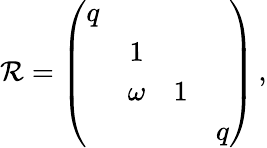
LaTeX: \mathcal{R}=\left(\begin{array}{cccc}{{q}}&{{}}&{{}}&{{}}\\ {{}}&{{1}}&{{}}&{{}}\\ {{}}&{{\omega}}&{{1}}&{{}}\\ {{}}&{{}}&{{}}&{{q}}\end{array}\right)\, ,